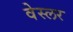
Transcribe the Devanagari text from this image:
वेस्लर